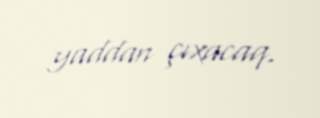
yaddan çıxacaq.